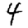
Digit: 4